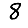
Digit: 8